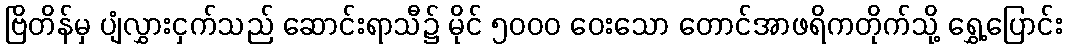
ဗြိတိန်မှ ပျံလွှားငှက်သည် ဆောင်းရာသီ၌ မိုင် ၅၀၀၀ ဝေးသော တောင်အာဖရိကတိုက်သို့ ရွှေ့ပြောင်း